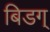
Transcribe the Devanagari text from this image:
बिडग्